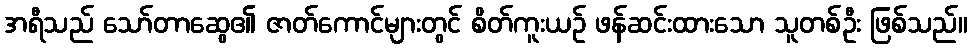
အရီသည် သော်တာဆွေ၏ ဇာတ်ကောင်များတွင် စိတ်ကူးယဉ် ဖန်ဆင်းထားသော သူတစ်ဦး ဖြစ်သည်။